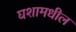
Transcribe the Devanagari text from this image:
घशामधील